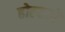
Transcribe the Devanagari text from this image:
होल्करों